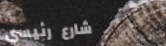
شارع رئيسي